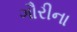
ગૌરીના